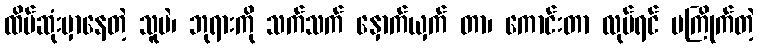
ထိပ်ဆုံးမှာနေတဲ့ သူပဲ၊ ဘုရားကို သက်သက် နှောက်ယှက် တာ၊ ကောင်းတာ လုပ်ရင် မကြိုက်တဲ့